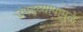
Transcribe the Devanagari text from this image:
उपद्व्यापामुळे